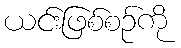
ယင်းဖြစ်စဉ်ကို